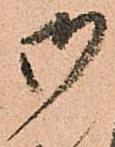
御